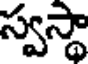
స్వస్థా